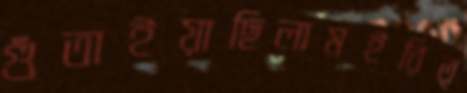
গুঁতাইয়াছিলামইরিত্